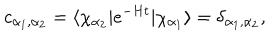
LaTeX: c _ { \alpha _ { 1 } , \alpha _ { 2 } } = \langle \chi _ { \alpha _ { 2 } } \vert e ^ { - H t } \vert \chi _ { \alpha _ { 1 } } \rangle = \delta _ { \alpha _ { 1 } , \alpha _ { 2 } } ,